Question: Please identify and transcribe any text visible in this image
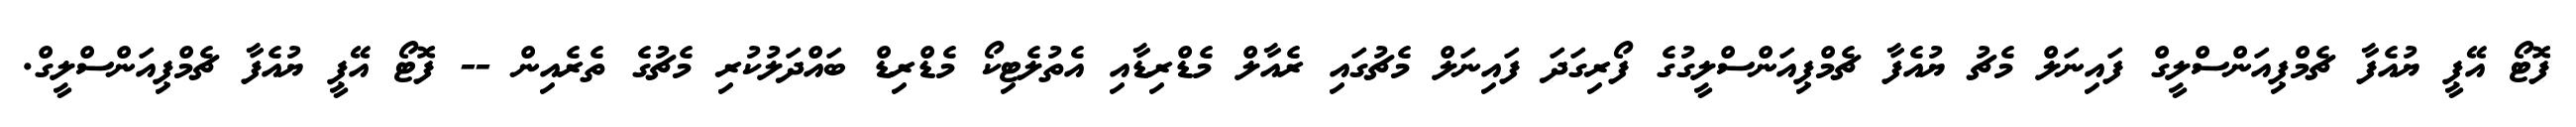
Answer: ފޮޓޯ އޭޕީ ޔުއެފާ ޗެމްޕިއަންސްލީގް ފައިނަލް މެޗު ޔުއެފާ ޗެމްޕިއަންސްލީގުގެ ފޯރިގަދަ ފައިނަލް މެޗުގައި ރެއާލް މެޑްރިޑާއި އެތުލެޓިކޯ މެޑްރިޑް ބައްދަލުކުރި މެޗުގެ ތެރެއިން -- ފޮޓޯ އޭޕީ ޔުއެފާ ޗެމްޕިއަންސްލީގް.